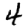
Digit: 4